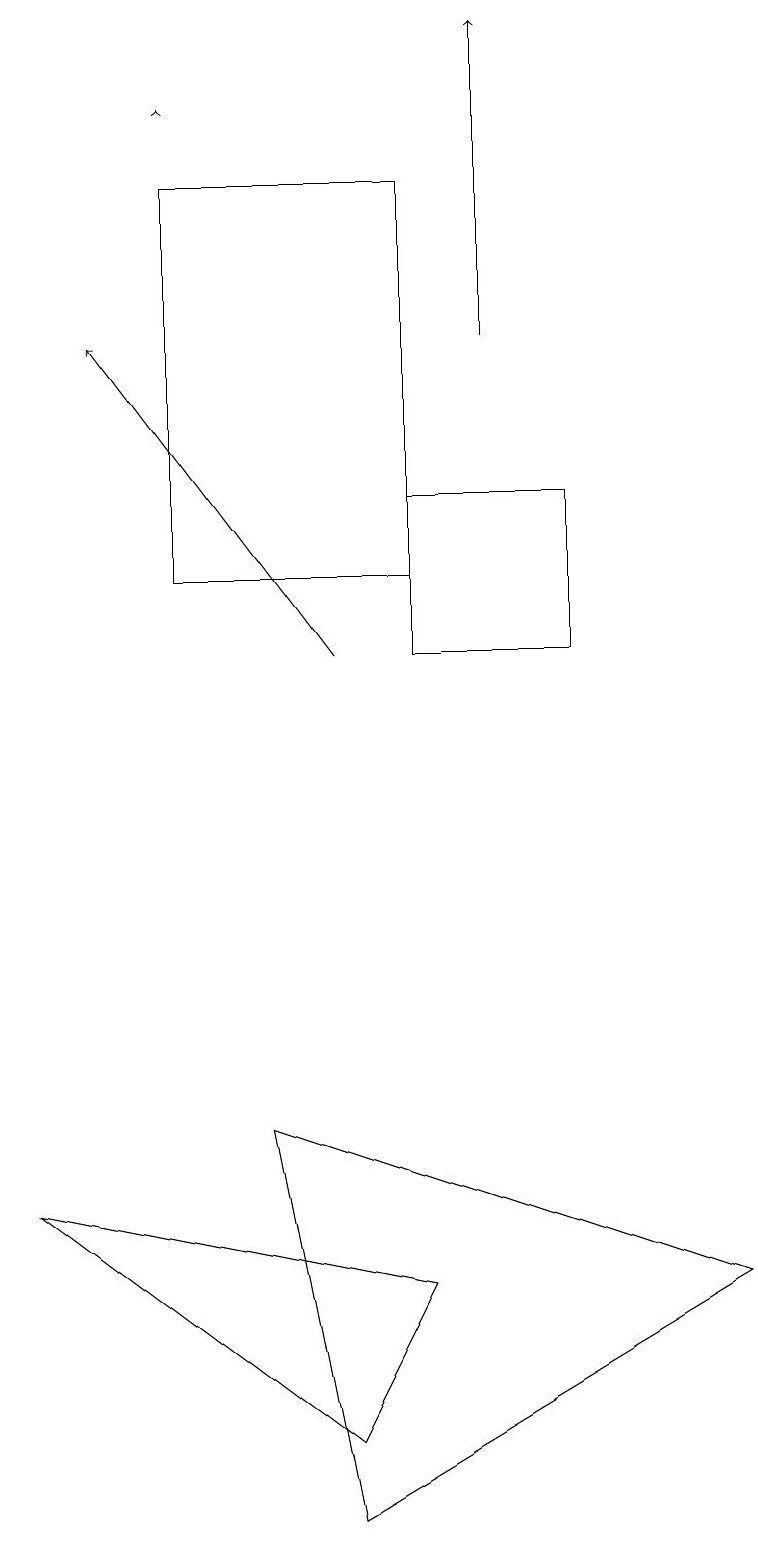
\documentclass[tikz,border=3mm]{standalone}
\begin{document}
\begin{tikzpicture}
\draw[->] (4,11) -- (1,15);
\draw (3,5) -- (4,0) -- (9,3) -- cycle;
\draw (0,4) -- (4,1) -- (5,3) -- cycle;
\draw[->] (2,18) -- (2,18);
\draw (5,11) rectangle (7,13);
\draw[->] (6,15) -- (6,19);
\draw (2,17) rectangle (5,12);
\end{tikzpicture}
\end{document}